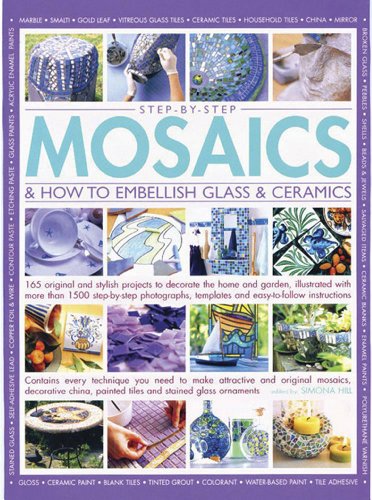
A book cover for Step-by-Step Mosaics & How to Embellish Glass & Ceramics: 165 Original And Stylish Projects To Decorate The Home And Garden, Illustrated With More ... Templates And Easy-To-Follow Instructions; Simona Hill; Crafts, Hobbies & Home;